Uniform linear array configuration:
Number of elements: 48
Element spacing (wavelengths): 0.25
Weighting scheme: hamming
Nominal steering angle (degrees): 0
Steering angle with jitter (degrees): -1.453
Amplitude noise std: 0.05
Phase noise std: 0.05

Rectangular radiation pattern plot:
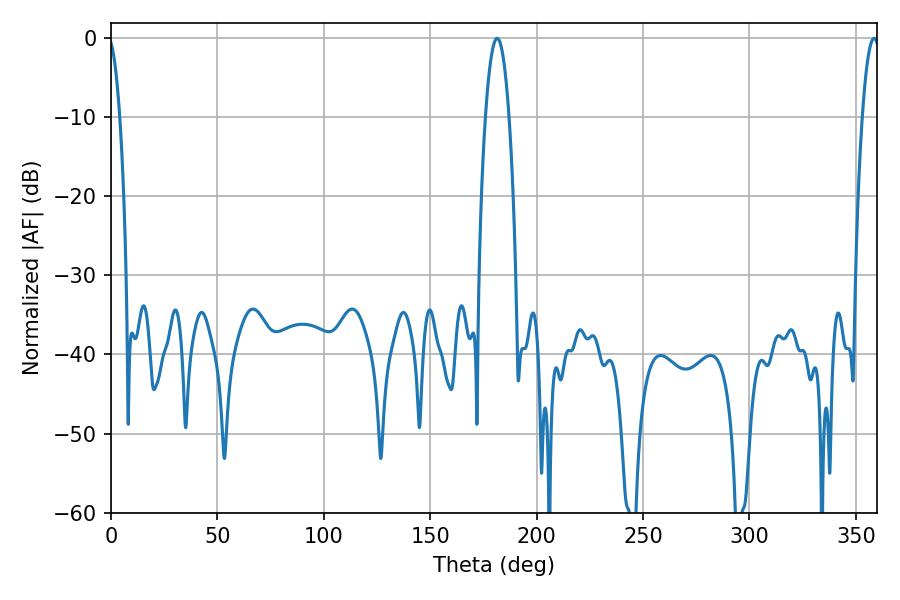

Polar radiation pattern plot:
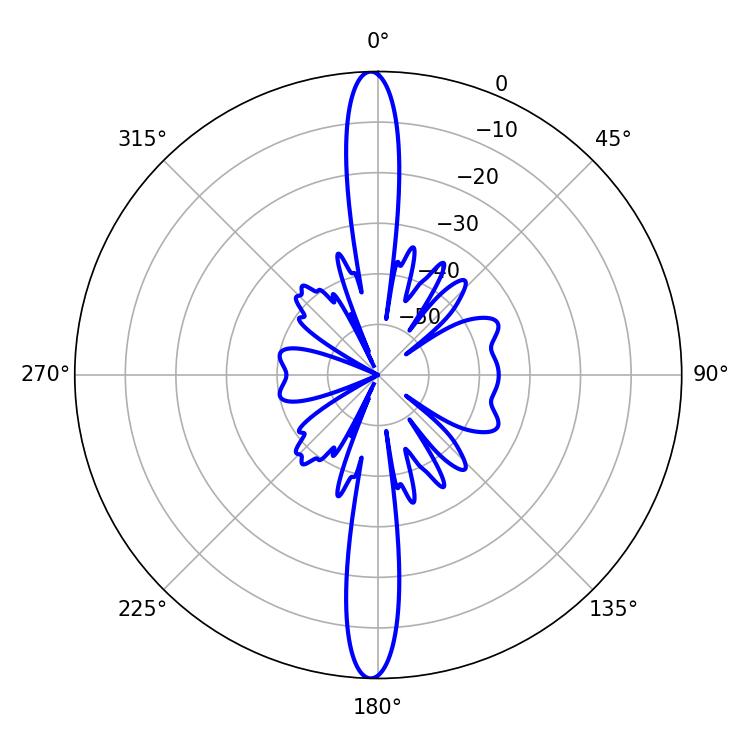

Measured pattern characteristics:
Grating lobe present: FALSE
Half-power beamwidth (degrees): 6.12
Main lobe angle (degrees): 181.44